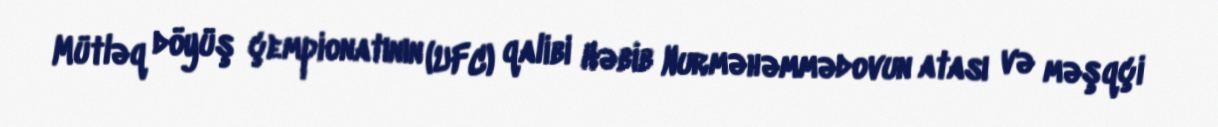
Mütləq döyüş çempionatının (UFC) qalibi Həbib Nurməhəmmədovun atası və məşqçi